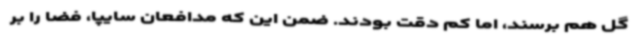
گل هم برسند، اما کم دقت بودند. ضمن این که مدافعان سایپا، فضا را بر